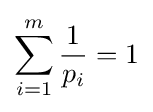
\sum _{i=1}^{m}{\frac {1}{p_{i}}}=1